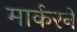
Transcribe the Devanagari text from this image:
मार्करने